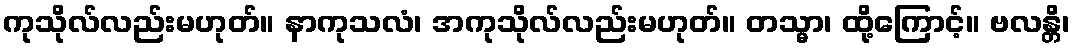
ကုသိုလ်လည်းမဟုတ်။ နာကုသလံ၊ အကုသိုလ်လည်းမဟုတ်။ တသ္မာ၊ ထို့ကြောင့်။ ဗလန္တိ၊